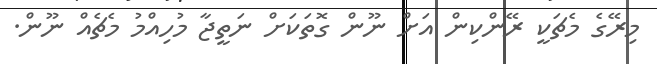
މިރޭގެ މެޗަކީ ރޭންކިން އަށް ނޫން ގޮތަކަށް ނަތީޖާ މުހިއްމު މެޗެއް ނޫން.